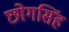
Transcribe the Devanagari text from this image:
छोगसिंह